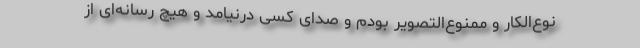
نوع‌الکار و ممنوع‌التصویر بودم و صدای کسی درنیامد و هیچ رسانه‌ای از